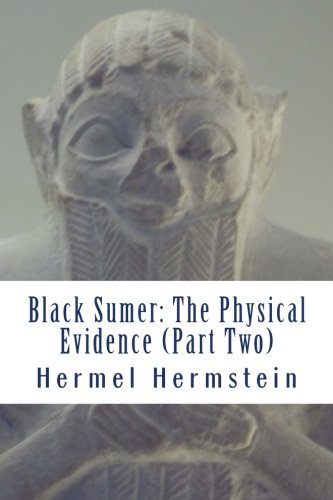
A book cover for Black Sumer: The Physical Evidence (Part Two); Hermel Hermstein; History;